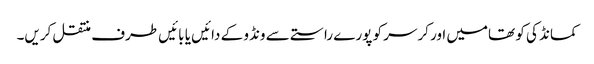
کمانڈ کی کو تھامیں اور کرسر کو پورے راستے سے ونڈو کے دائیں یا بائیں طرف منتقل کریں۔